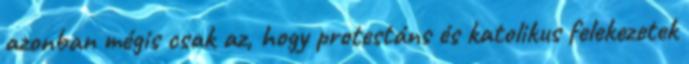
azonban mégis csak az, hogy protestáns és katolikus felekezetek